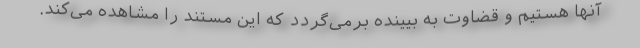
آنها هستیم و قضاوت به بیینده برمی‌گردد که این مستند را مشاهده می‌کند.